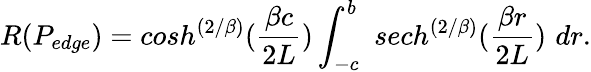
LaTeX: R(P_{edge})=cosh^{\left({2/\beta}\right)}({\frac{\beta c}{2L}})\int_{-c}^{b}\, \, sech^{\left({2/\beta}\right)}({\frac{\beta r}{2L}})\, \, dr.